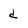
Character: d